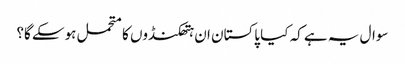
سوال یہ ہے کہ کیا پاکستان ان ہتھکنڈوں کا متحمل ہوسکے گا؟